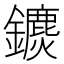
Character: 𨯄